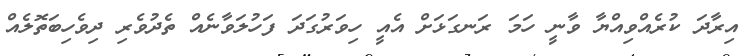
އިރާދަ ކުރެއްވިއްޔާ ވާނީ ހަމަ ރަނގަޅަށް އެއީ ހިވަރުގަދަ ފަހުލަވާނެއް ތެދުވެރި ދިވެހިބަތޮލެއް